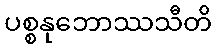
ပစ္စနုဘောဿသီတိ